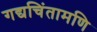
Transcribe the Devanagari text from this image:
गद्यचिंतामणि